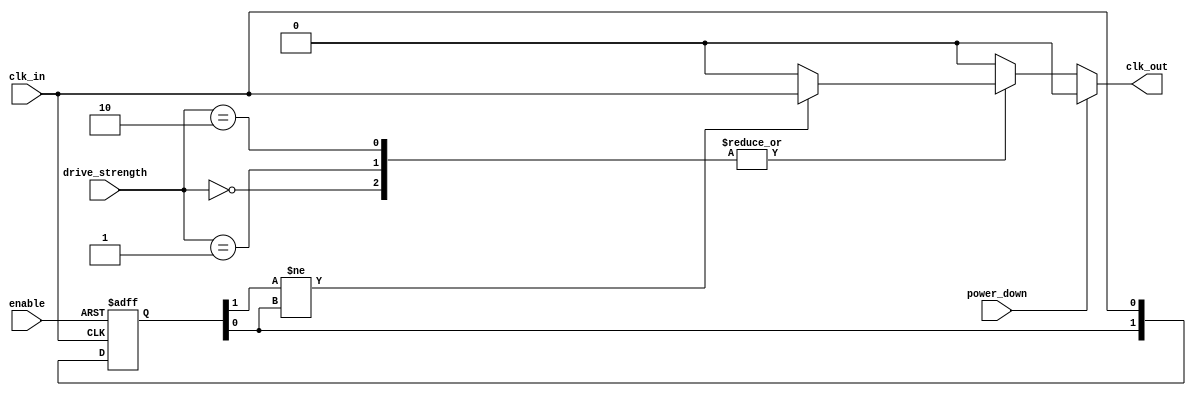
module low_power_clock_buffer (
    input wire clk_in,               // Input clock signal
    input wire enable,               // Enable signal for clock gating
    input wire [1:0] drive_strength, // Programmable drive strength
    input wire power_down,           // Power down signal
    output wire clk_out              // Buffered clock output
);

    // Parameters for drive strength
    parameter DRIVE_WEAK = 2'b00;
    parameter DRIVE_MED  = 2'b01;
    parameter DRIVE_STRONG = 2'b10;

    // Internal signals
    wire clk_cond;                  // Conditioned clock signal
    reg clk_buffered;               // Buffered clock signal

    // Input Stage: Simple conditioning with hysteresis (example)
    reg [1:0] state;
    always @(posedge clk_in or negedge enable) begin
        if (!enable)
            state <= 2'b00; // Reset state when disabled
        else
            state <= {state[0], clk_in}; // Simple shift register for hysteresis
    end

    assign clk_cond = (state[1] != state[0]) ? clk_in : 1'b0; // Basic conditioning

    // Buffering Stage: Drive strength control based on programmable setting
    always @(*) begin
        if (power_down) begin
            clk_buffered <= 1'b0; // Power down, output low
        end else begin
            case (drive_strength)
                DRIVE_WEAK:   clk_buffered <= clk_cond; // Weak drive
                DRIVE_MED:    clk_buffered <= clk_cond; // Medium drive (could connect to stronger driver)
                DRIVE_STRONG: clk_buffered <= clk_cond; // Strong drive (could connect to strongest driver)
                default:      clk_buffered <= 1'b0;      // Default to low
            endcase
        end
    end

    // Output Stage: Drive the output clock
    assign clk_out = clk_buffered;

endmodule